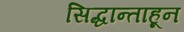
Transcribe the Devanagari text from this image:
सिद्धान्ताहून